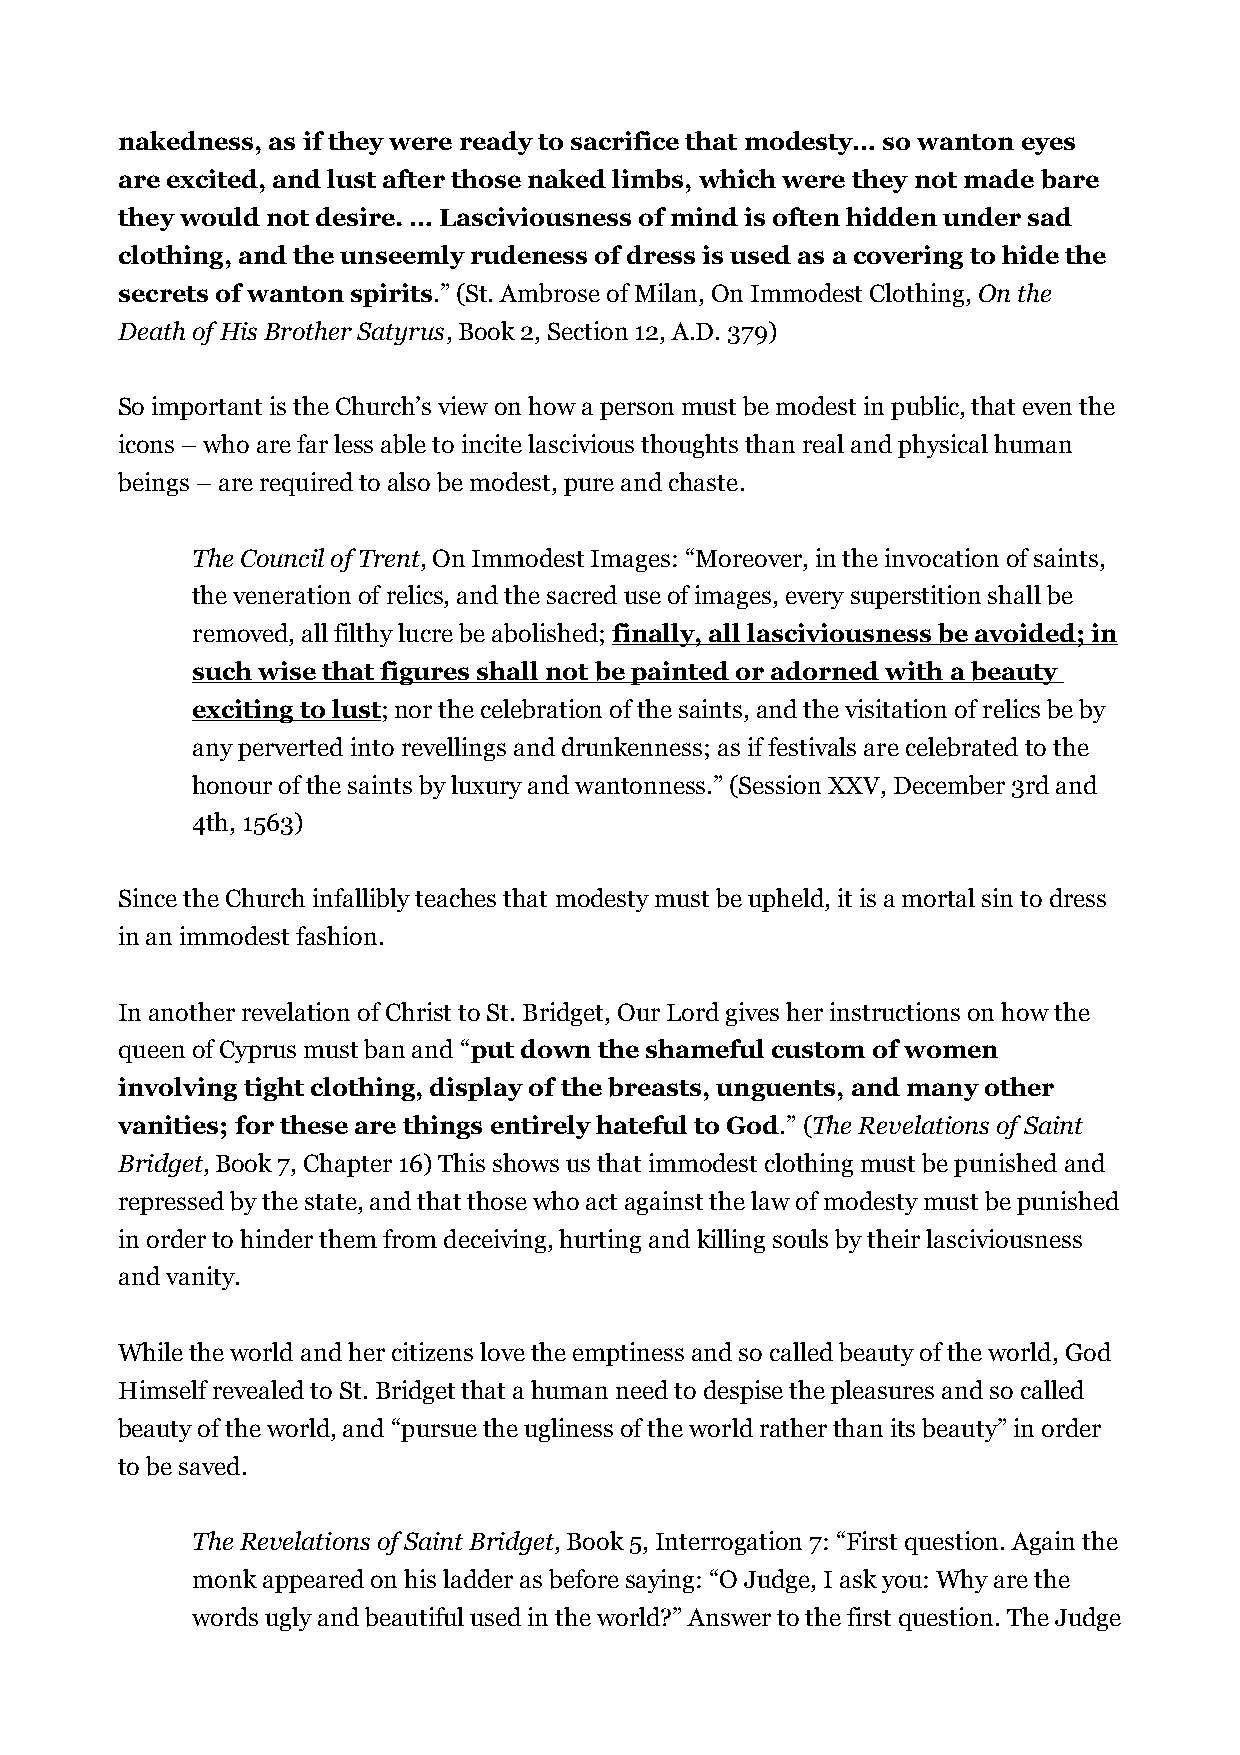
nakedness, as if they were ready to sacrifice that modesty… so wanton eyes
 are excited, and lust after those naked limbs, which were they not made bare
 they would not desire. … Lasciviousness of mind is often hidden under sad
 clothing, and the unseemly rudeness of dress is used as a covering to hide the
 secrets of wanton spirits.” (St. Ambrose of Milan, On Immodest Clothing, On the
 Death of His Brother Satyrus, Book 2, Section 12, A.D. 379)
 So important is the Church’s view on how a person must be modest in public, that even the
 icons – who are far less able to incite lascivious thoughts than real and physical human
 beings – are required to also be modest, pure and chaste.
 The Council of Trent, On Immodest Images: “Moreover, in the invocation of saints,
 the veneration of relics, and the sacred use of images, every superstition shall be
 removed, all filthy lucre be abolished; finally, all lasciviousness be avoided; in
 such wise that figures shall not be painted or adorned with a beauty
 exciting to lust; nor the celebration of the saints, and the visitation of relics be by
 any perverted into revellings and drunkenness; as if festivals are celebrated to the
 honour of the saints by luxury and wantonness.” (Session XXV, December 3rd and
 4th, 1563)
 Since the Church infallibly teaches that modesty must be upheld, it is a mortal sin to dress
 in an immodest fashion.
 In another revelation of Christ to St. Bridget, Our Lord gives her instructions on how the
 queen of Cyprus must ban and “put down the shameful custom of women
 involving tight clothing, display of the breasts, unguents, and many other
 vanities; for these are things entirely hateful to God.” (The Revelations of Saint
 Bridget, Book 7, Chapter 16) This shows us that immodest clothing must be punished and
 repressed by the state, and that those who act against the law of modesty must be punished
 in order to hinder them from deceiving, hurting and killing souls by their lasciviousness
 and vanity.
 While the world and her citizens love the emptiness and so called beauty of the world, God
 Himself revealed to St. Bridget that a human need to despise the pleasures and so called
 beauty of the world, and “pursue the ugliness of the world rather than its beauty” in order
 to be saved.
 The Revelations of Saint Bridget, Book 5, Interrogation 7: “First question. Again the
 monk appeared on his ladder as before saying: “O Judge, I ask you: Why are the
 words ugly and beautiful used in the world?” Answer to the first question. The Judge